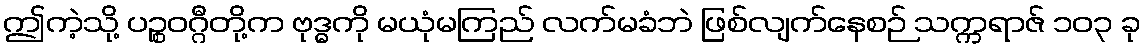
ဤကဲ့သို့ ပဉ္စဝဂ္ဂီတို့က ဗုဒ္ဓကို မယုံမကြည် လက်မခံဘဲ ဖြစ်လျက်နေစဉ် သက္ကရာဇ် ၁၀၃ ခု